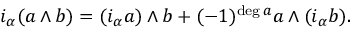
i _ { \alpha } ( a \wedge b ) = ( i _ { \alpha } a ) \wedge b + ( - 1 ) ^ { \deg a } a \wedge ( i _ { \alpha } b ) .